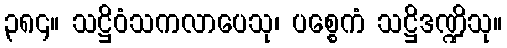
၃၈၄။ သဋ္ဌိဝံသကလာပေသု၊ ပစ္စေကံ သဋ္ဌိဒဏ္ဍိသု။